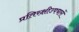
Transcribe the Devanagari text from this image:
प्रतिरक्षीउपचारों